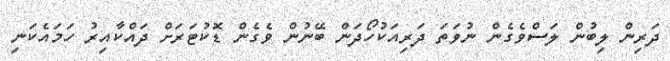
ދަރިން ލިބުން ލަސްވެގެން ނުވަތަ ދަރިއަކުހޯދަން ބޭނުން ވެގެން ޑޮކުޓަރަށް ދައްކާއިރު ހަމައެކަނި